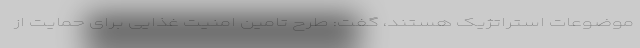
موضوعات استراتژیک هستند، گفت: طرح تامین امنیت غذایی برای حمایت از